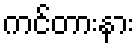
ကင်တားနား